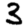
Digit: 3